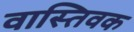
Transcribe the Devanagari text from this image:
वास्‍तिवक